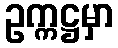
ဥက္ကဋ္ဌမှာ